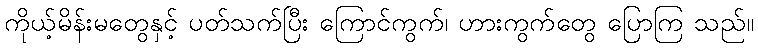
ကိုယ့်မိန်းမတွေနှင့် ပတ်သက်ပြီး ကြောင်ကွက်၊ ဟားကွက်တွေ ပြောကြ သည်။